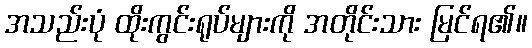
အသည်းပုံ ထိုးကွင်းရုပ်များကို အတိုင်းသား မြင်ရ၏။